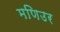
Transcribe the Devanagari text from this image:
मणिउर